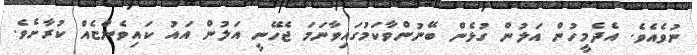
ނުވެއެވެ. އެދެމީހުން އަލުން ގުޅެން ބޭނުންވާކަމުގައިވާނަމަ ޖެހޭނީ އަލުން އައު ކައިވެންޏެއް ކުރާށެވެ.